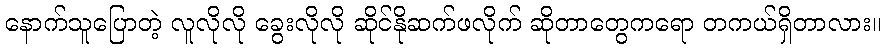
နောက်သူပြောတဲ့ လူလိုလို ခွေးလိုလို ဆိုင်နိုဆက်ဖလိုက် ဆိုတာတွေကရော တကယ်ရှိတာလား။